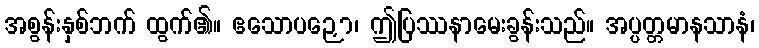
အစွန်းနှစ်ဘက် ထွက်၏။ ဧသောပဉှော၊ ဤပြဿနာမေးခွန်းသည်။ အပ္ပတ္တမာနသာနံ၊